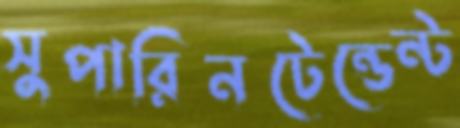
সুপারিনটেন্ডেন্ট